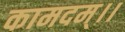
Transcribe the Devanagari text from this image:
कामदम्।।